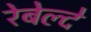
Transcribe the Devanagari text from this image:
रेबेल्दे